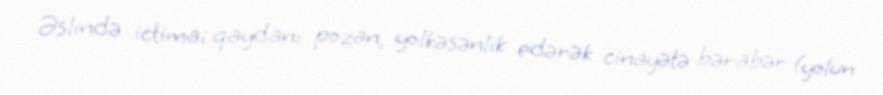
Əslində ictimai qaydanı pozan, yolkəsənlik edərək cinayətə bərabər (yolun